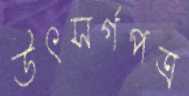
উৎসর্গপত্র